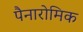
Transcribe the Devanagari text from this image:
पैनारोमिक